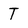
Character: T